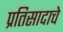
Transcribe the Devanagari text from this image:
प्रतिसादाचे